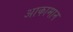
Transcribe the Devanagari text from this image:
आकामान